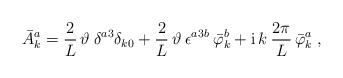
LaTeX: \begin{align*}\bar A_k^a = \frac{2}{L}\, \vartheta \: \delta^{a3} \delta_{k0} + \frac{2}{L}\, \vartheta \: \epsilon^{a3b}\: \bar \varphi_k^b + \mathrm{i} \, k \: \frac{2\pi}{L} \, \bar \varphi_k^a\;, \end{align*}